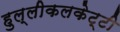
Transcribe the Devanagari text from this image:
हुल्लीकलकेट्टी